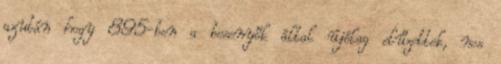
azután hogy 895-ben a besenyők által újólag elűzettek, nos